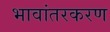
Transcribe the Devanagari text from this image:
भावांतरकरण